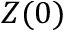
Z ( 0 )